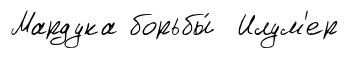
Мардука борьбы́ Илум'ер